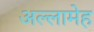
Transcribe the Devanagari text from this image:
अल्लामेह